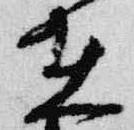
在